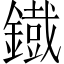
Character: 鐡